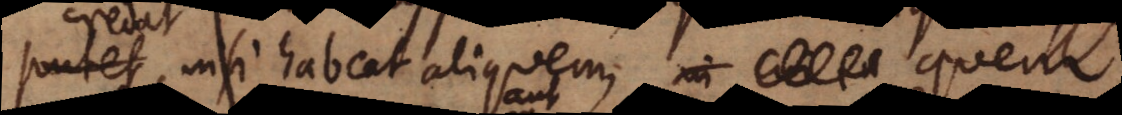
putet, nisi habeat aliquem, quem